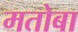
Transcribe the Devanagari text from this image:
मतोबा